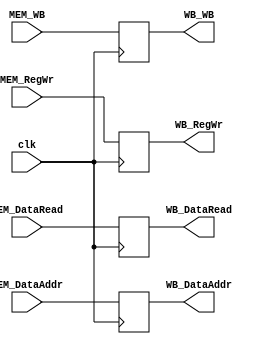
module MEMWBreg(clk,MEM_DataAddr,MEM_DataRead,MEM_RegWr,MEM_WB,
						WB_DataAddr,WB_DataRead,WB_RegWr,WB_WB);
	input clk;
	input [31:0]MEM_DataAddr,MEM_DataRead;
	input [4:0]MEM_RegWr;
	input [1:0]MEM_WB;
	output reg [31:0]WB_DataAddr,WB_DataRead;
	output reg [4:0]WB_RegWr;
	output reg [1:0]WB_WB;	

	always@(posedge clk)
	begin
		WB_DataAddr <= MEM_DataAddr;
		WB_DataRead <= MEM_DataRead;
		WB_RegWr <= MEM_RegWr;
		WB_WB <= MEM_WB;
	end
endmodule